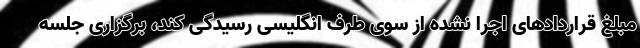
مبلغ قراردادهای اجرا نشده از سوی طرف انگلیسی رسیدگی کند، برگزاری جلسه